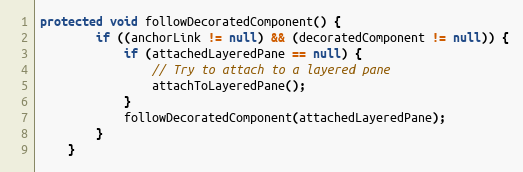
Language: Java
protected void followDecoratedComponent() {
        if ((anchorLink != null) && (decoratedComponent != null)) {
            if (attachedLayeredPane == null) {
                // Try to attach to a layered pane
                attachToLayeredPane();
            }
            followDecoratedComponent(attachedLayeredPane);
        }
    }